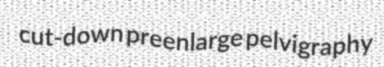
cut-down preenlarge pelvigraphy